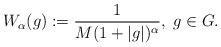
LaTeX: \begin{align*}W_\alpha(g) := \frac{1}{M(1+|g|)^\alpha},\; g\in G.\end{align*}